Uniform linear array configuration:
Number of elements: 4
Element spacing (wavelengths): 0.75
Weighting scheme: uniform
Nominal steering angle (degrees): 15
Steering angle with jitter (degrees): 16.496
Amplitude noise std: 0.05
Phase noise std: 0.05

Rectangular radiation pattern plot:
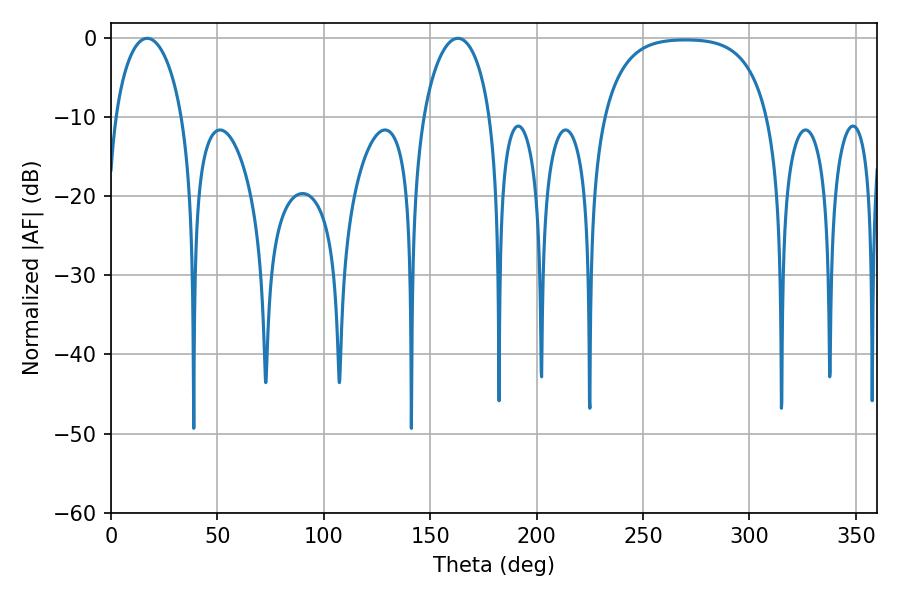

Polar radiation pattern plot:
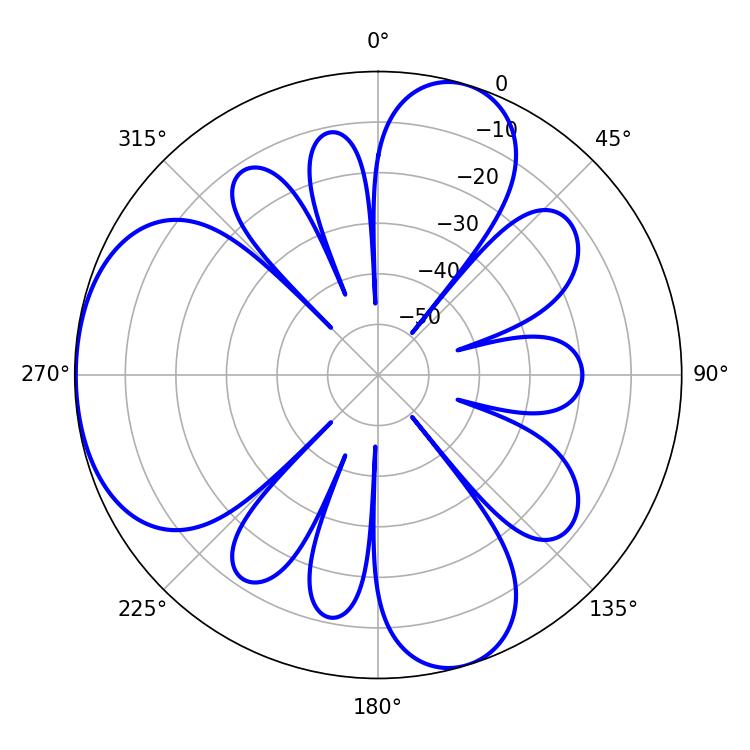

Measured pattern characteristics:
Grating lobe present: TRUE
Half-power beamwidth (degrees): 18.18
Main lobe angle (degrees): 16.92